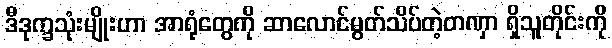
ဒီဒုက္ခသုံးမျိုးဟာ အာရုံတွေကို ဆာလောင်မွတ်သိပ်တဲ့တဏှာ ရှိသူတိုင်းကို